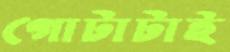
গোটাটাই